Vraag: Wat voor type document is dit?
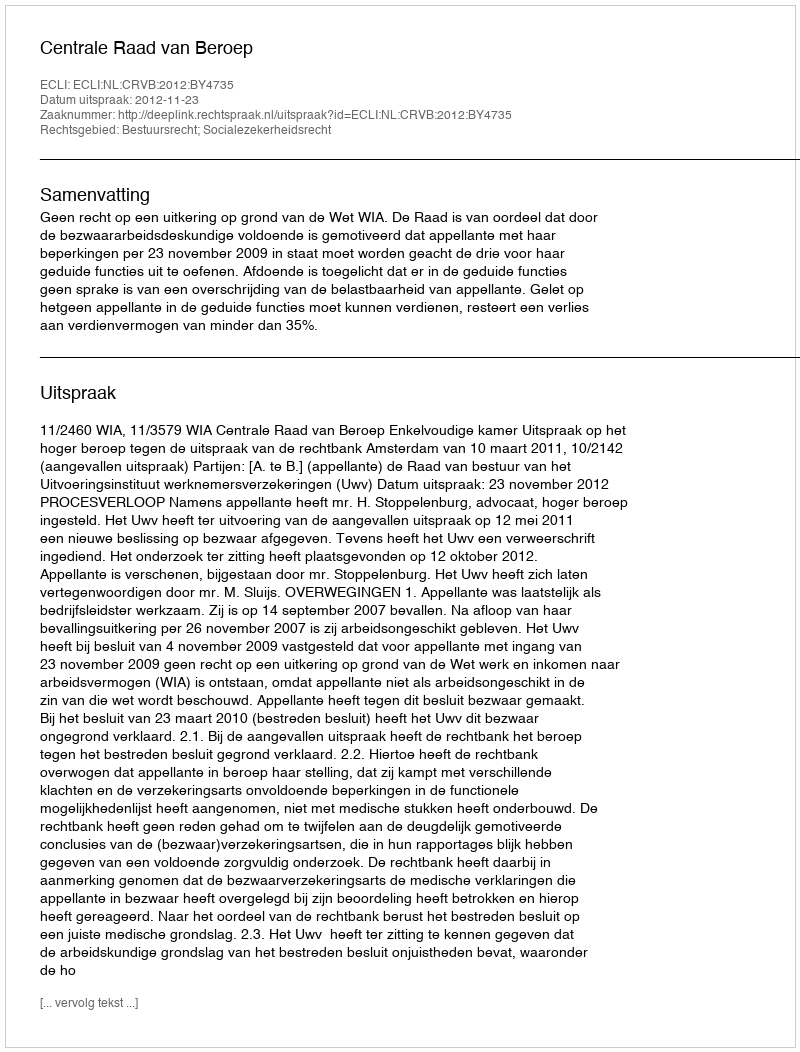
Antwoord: Uitspraak